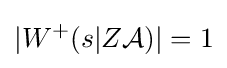
|W^{+}(s|Z{\mathcal {A}})|=1